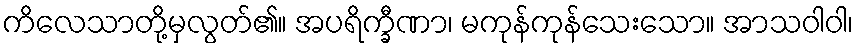
ကိလေသာတို့မှလွတ်၏။ အပရိက္ခီဏာ၊ မကုန်ကုန်သေးသော။ အာသဝါဝါ၊